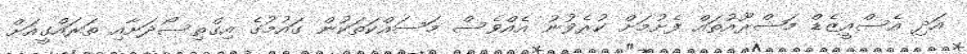
އަދި އެސްއީޒެޑް މަޝްރޫއުތައް ފެށުމަށް ކުރެވުނު އެއްވެސް މަސައްކަތަކުން ގައުމުގެ އިގްތިސޯދަށާއި ތަރައްގީއަށް